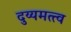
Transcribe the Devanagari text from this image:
दुय्यमत्त्व